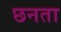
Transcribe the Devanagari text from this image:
छनता